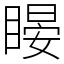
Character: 䁙